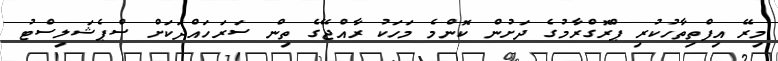
މިރޭ އިފްތިތާހުކުރި ޕްރޮގްރާމުގެ ދަށުން ކޮންމެ މަހަކު ރާއްޖޭގެ ތިން ސަރަހައްދަކަށް ސްޕެޝަލިސްޓު